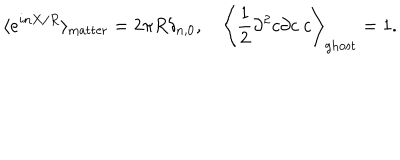
LaTeX: \langle e ^ { i n X / R } \rangle _ { \mathrm { m a t t e r } } = 2 \pi R \delta _ { n , 0 } , \quad \left\langle \frac { 1 } { 2 } \partial ^ { 2 } c \partial c \ c \right\rangle _ { \mathrm { g h o s t } } = 1 .